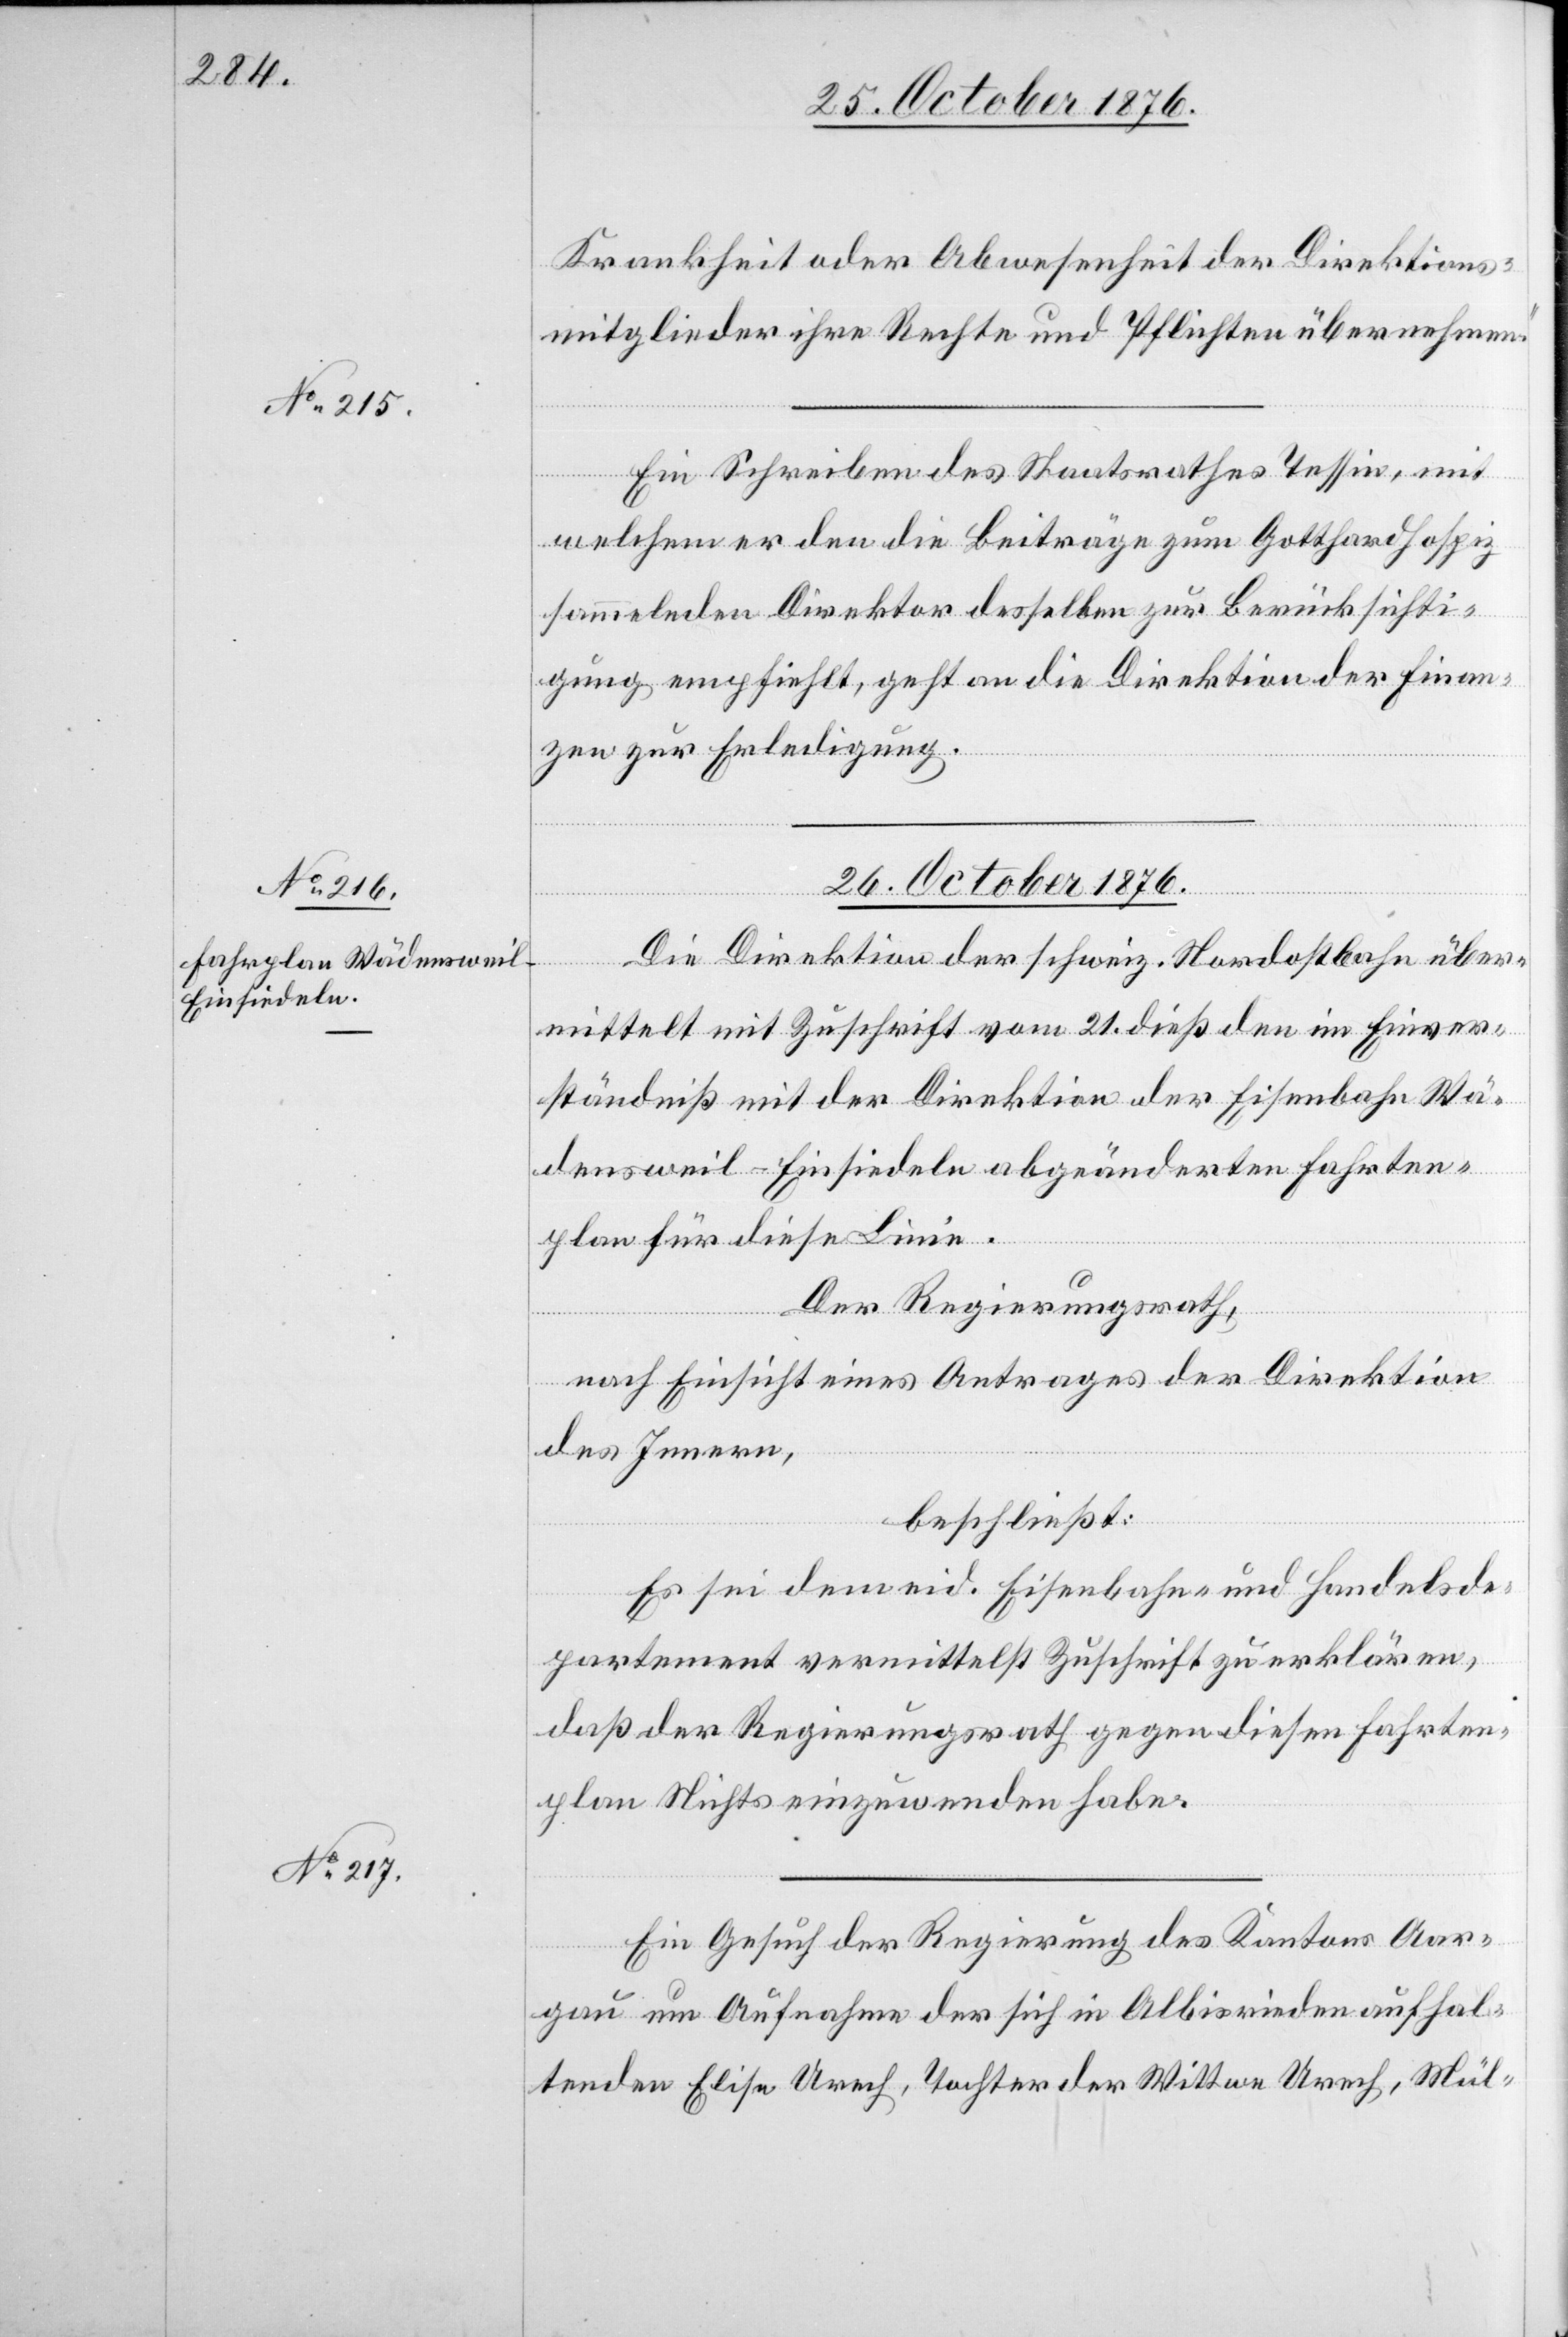
25. October 1876.]
Krankheit oder Abwesenheit der Direktions¬
mitglieder ihre Rechte und Pflichten übernehmen.“
Ein Schreiben des Stadtrathes Tessin, mit
welchem er den die Beiträge zum Gotthardhospiz
sammelnden Direktor desselben zur Berücksichti¬
gung empfiehlt, geht an die Direktion der Finan¬
zen zur Erledigung.
26. October 1876.]
Die Direktion der schweiz. Nordostbahn über¬
mittelt mit Zuschrift vom 21. dieß den im Einver¬
ständniß mit der Direktion der Eisenbahn Wä¬
densweil–Einsiedeln abgeänderten Fahrten¬
plan für diese Linie.
Der Regierungsrath,
nach Einsicht eines Antrages der Direktion
des Innern,
beschließt:
Es sei dem eid. Eisenbahn- und Handelsde¬
partement vermittelst Zuschrift zu erklären,
daß der Regierungsrath gegen diesen Fahrten¬
plan Nichts einzuwenden habe.
Ein Gesuch der Regierung des Kantons Aar¬
gau um Aufnahme der sich in Albisrieden aufhal¬
tenden Elise Urech, Tochter der Wittwe Urech, Mül-